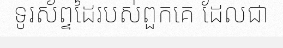
ទូរស័ព្ទដៃរបស់ពួកគេ ដែលជា